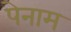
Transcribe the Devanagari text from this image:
पेनाम